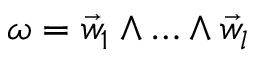
\omega = \vec { w } _ { 1 } \land \dotsc \land \vec { w } _ { l }